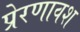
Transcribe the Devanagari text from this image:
प्रेरणावश